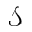
\mathcal { S }